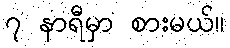
၇ နာရီမှာ စားမယ်။